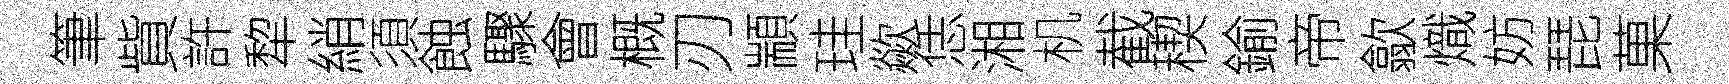
筆貲許犂綃須蝕驟會概刃顓珪歘恁湘机截稧鍮帝歙熾妨琵菓